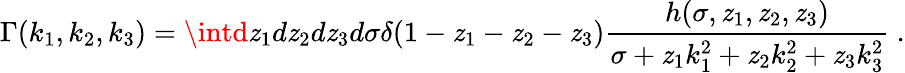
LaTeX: \Gamma(k_{1},k_{2},k_{3})=\intd\mathit{z}_{1}d\mathit{z}_{2}d\mathit{z}_{3}d\sigma\delta(1-\mathit{z}_{1}-\mathit{z}_{2}-\mathit{z}_{3}){\frac{{h(\sigma,\mathit{z}_{1},\mathit{z}_{2},\mathit{z}_{3})}}{{\sigma+\mathit{z}_{1}k_{1}^{2}+\mathit{z}_{2}k_{2}^{2}+\mathit{z}_{3}k_{3}^{2}}}}~.